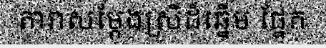
តារាសម្តែងស្រីដ៏ឆ្នើម ផ្នែក